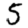
Digit: 5